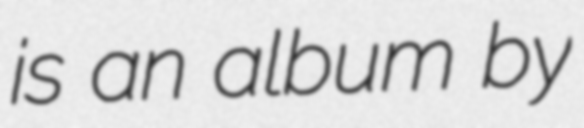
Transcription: is an album by